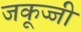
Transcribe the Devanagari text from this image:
जकूज्जी